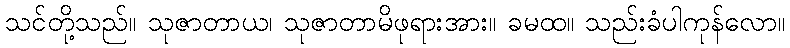
သင်တို့သည်။ သုဇာတာယ၊ သုဇာတာမိဖုရားအား။ ခမထ။ သည်းခံပါကုန်လော။